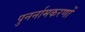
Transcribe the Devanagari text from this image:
पुनर्नामकरणों